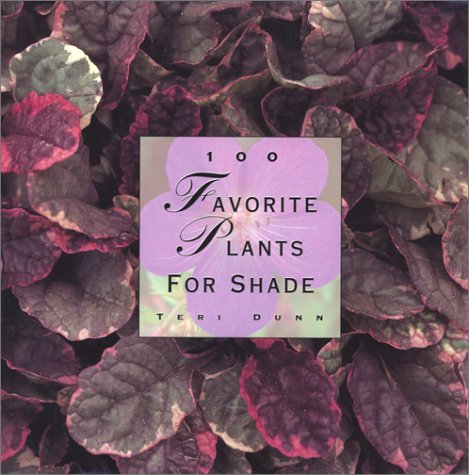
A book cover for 100 Favorite Plants for Shade; Teri Dunn; Crafts, Hobbies & Home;